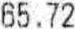
65.72